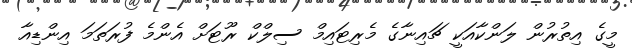
މީގެ އިތުރުން ލަންކާއަކީ ޗައިނާގެ މެރިޓައިމް ސިލްކް ރޫޓަށް އެންމެ ފުރަތަމަ އިންޑިއާ